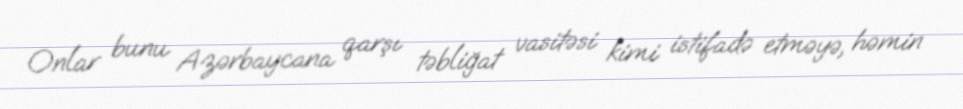
Onlar bunu Azərbaycana qarşı təbliğat vasitəsi kimi istifadə etməyə, həmin